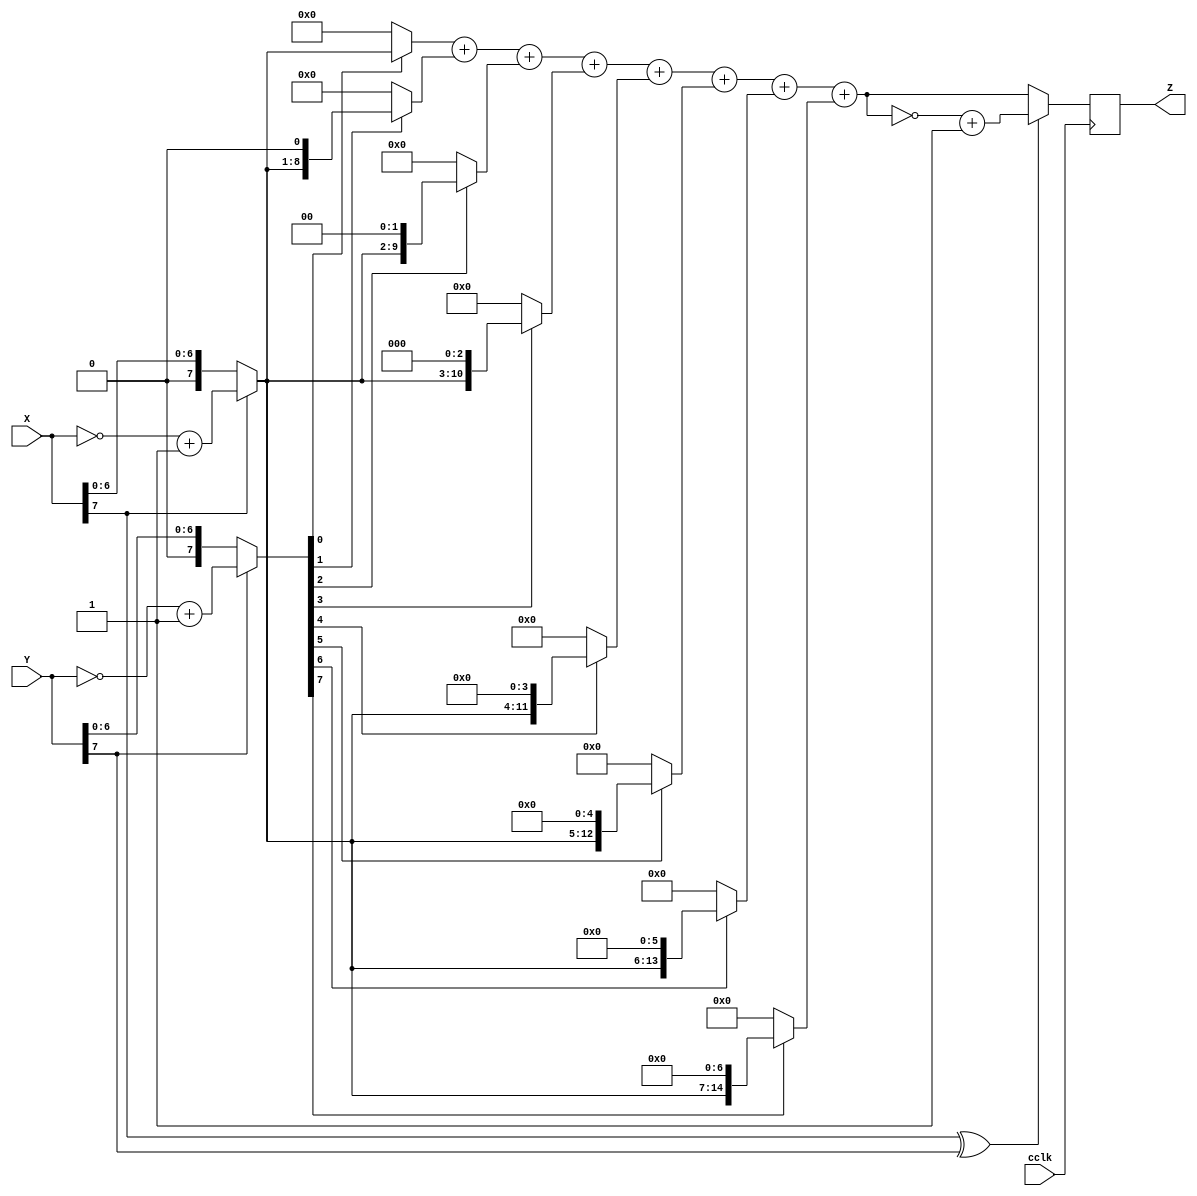
module multiplier_8bit(cclk, X, Y, Z);   
	// Inputs and outputs.
   input wire cclk;
	input wire [7:0] X;
	input wire [7:0] Y;
	output reg [15:0] Z;
   
   wire [7:0] mX = X[7] ? ~X + 1 : X;
   wire [7:0] mY = Y[7] ? ~Y + 1 : Y;
   wire sign = X[7] ^ Y[7];

   // Multiply by each bit, then shift and accumulate.
   always @(posedge cclk) begin
      if (sign) begin
         Z <= ~((mY[0] ? mX : 16'b0) +
                (mY[1] ? mX << 1 : 16'b0) +
                (mY[2] ? mX << 2 : 16'b0) +
                (mY[3] ? mX << 3 : 16'b0) +
                (mY[4] ? mX << 4 : 16'b0) +
                (mY[5] ? mX << 5 : 16'b0) +
                (mY[6] ? mX << 6 : 16'b0) +
                (mY[7] ? mX << 7 : 16'b0)) + 1;
       end else begin
         Z <= (mY[0] ? mX : 16'b0) +
              (mY[1] ? mX << 1 : 16'b0) +
              (mY[2] ? mX << 2 : 16'b0) +
              (mY[3] ? mX << 3 : 16'b0) +
              (mY[4] ? mX << 4 : 16'b0) +
              (mY[5] ? mX << 5 : 16'b0) +
              (mY[6] ? mX << 6 : 16'b0) +
              (mY[7] ? mX << 7 : 16'b0);
       end
   end

endmodule